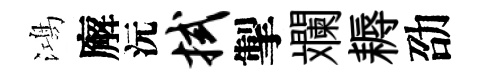
鴻廨沅拭掣斕耨劭